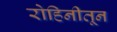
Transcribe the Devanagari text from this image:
रोहिनीतून